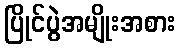
ပြိုင်ပွဲအမျိုးအစား